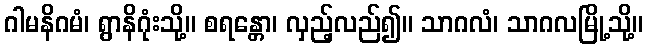
ဂါမနိဂမံ၊ ရွာနိဂုံးသို့။ စရန္တော၊ လှည့်လည်၍။ သာဂလံ၊ သာဂလမြို့သို့။